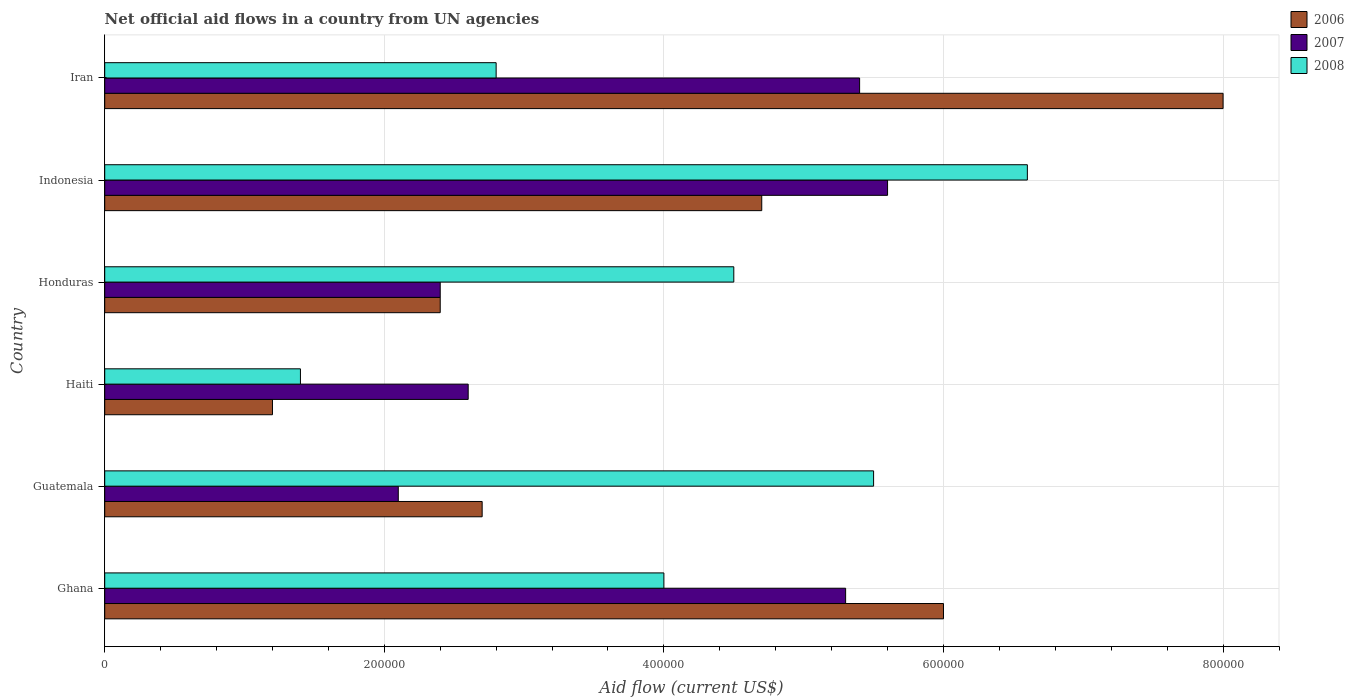
| Country | 2006 | 2007 | 2008 |
 | --- | --- | --- | --- |
 | Ghana | 6e+05 | 5.3e+05 | 4e+05 |
 | Guatemala | 2.7e+05 | 2.1e+05 | 5.5e+05 |
 | Haiti | 1.2e+05 | 2.6e+05 | 1.4e+05 |
 | Honduras | 2.4e+05 | 2.4e+05 | 4.5e+05 |
 | Indonesia | 4.7e+05 | 5.6e+05 | 6.6e+05 |
 | Iran | 8e+05 | 5.4e+05 | 2.8e+05 |